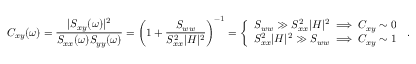
C _ { x y } ( \omega ) = \frac { | S _ { x y } ( \omega ) | ^ { 2 } } { S _ { x x } ( \omega ) S _ { y y } ( \omega ) } = \biggl ( 1 + \frac { S _ { w w } } { S _ { x x } ^ { 2 } | H | ^ { 2 } } \biggr ) ^ { - 1 } = \left\{ \begin{array} { l l } { S _ { w w } \gg S _ { x x } ^ { 2 } | H | ^ { 2 } \implies C _ { x y } \sim 0 } \\ { S _ { x x } ^ { 2 } | H | ^ { 2 } \gg S _ { w w } \implies C _ { x y } \sim 1 } \end{array} \right. \, .